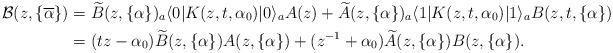
LaTeX: \begin{align*}\mathcal{B}(z,\{ \overline{\alpha} \})&=\widetilde{B}(z,\{\alpha \}) {}_a \langle 0| K(z,t,\alpha_0)|0 \rangle_a A(z)+\widetilde{A}(z,\{ \alpha \}) {}_a \langle 1| K(z,t,\alpha_0)|1 \rangle_a B(z,t,\{ \alpha \}) \\&=(tz-\alpha_0) \widetilde{B}(z,\{ \alpha \})A(z,\{ \alpha \})+(z^{-1}+\alpha_0) \widetilde{A}(z,\{ \alpha \}) B(z,\{ \alpha \}).\end{align*}